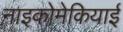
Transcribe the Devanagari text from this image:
नाइकोमेकियाई